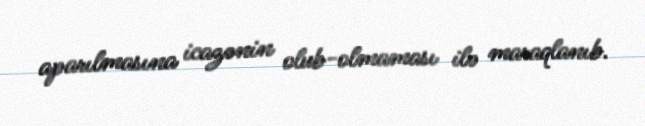
aparılmasına icazənin olub-olmaması ilə maraqlanıb.